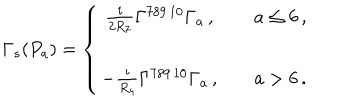
\Gamma _ { s } ( P _ { a } ) = \left\{ \begin{array} { c c c } { { \frac { i } { 2 R _ { 7 } } \Gamma ^ { 7 8 9 \, 1 0 } \Gamma _ { a } \, , } } & { { \hspace { 1 c m } } } & { { a \leq 6 \, , } } \\ { { } } & { { } } & { { } } \\ { { - \frac { i } { R _ { 4 } } \Gamma ^ { 7 8 9 \, 1 0 } \Gamma _ { a } \, , } } & { { \hspace { 1 c m } } } & { { a > 6 \, . } } \\ \end{array} \right.